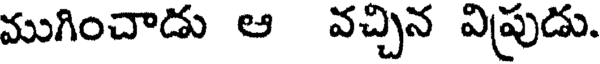
ముగించాడు ఆ వచ్చిన విప్రుడు.